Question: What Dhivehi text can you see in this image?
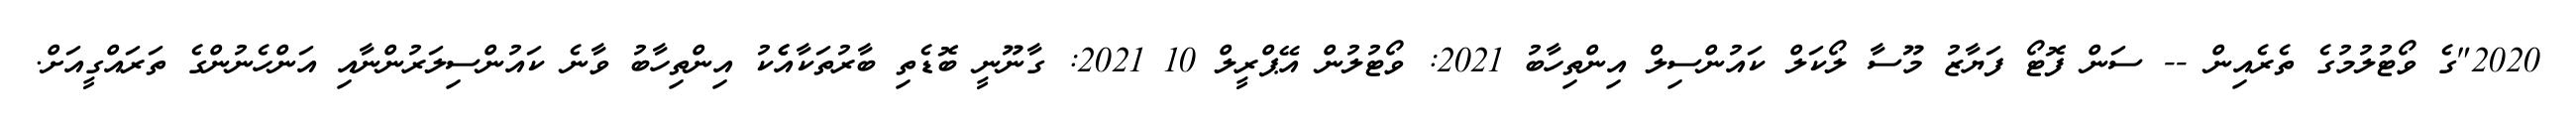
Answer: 2020"ގެ ވޯޓުލުމުގެ ތެރެއިން -- ސަން ފޮޓޯ ފަޔާޒު މޫސާ ލޯކަލް ކައުންސިލް އިންތިހާބު 2021: ވޯޓުލުން އޭޕްރީލް 10 2021: ގާނޫނީ ބޮޑެތި ބާރުތަކާއެެކު އިންތިހާބު ވާނެ ކައުންސިލަރުންނާއި އަންހެނުންގެ ތަރައްގީއަށް.